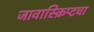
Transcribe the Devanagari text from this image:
जावास्क्रिप्टचा